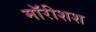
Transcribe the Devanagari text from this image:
मॉरीशश